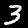
Digit: 3